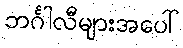
ဘင်္ဂါလီများအပေါ်